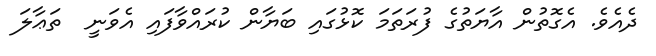
ދެއެވެ. އެގޮތުން އާޔަތުގެ ފުރަތަމަ ކޮޅުގައި ބަޔާން ކުރައްވާފައި އެވަނީ  ތަޢާލަ